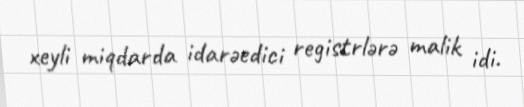
xeyli miqdarda idarəedici registrlərə malik idi.